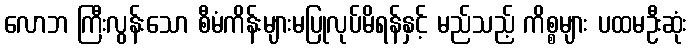
လောဘ ကြီးလွန်းသော စီမံကိန်းများမပြုလုပ်မိရန်နှင့် မည်သည့် ကိစ္စများ ပထမဦးဆုံး